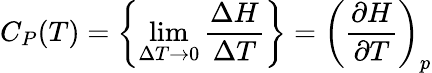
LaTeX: C_{P}(T)=\left\{ \operatorname*{lim}_{\Delta T\to 0}{\frac{\Delta H}{\Delta T}}\right\} =\left({\frac{\partial H}{\partial T}}\right)_{p}